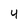
Character: 4